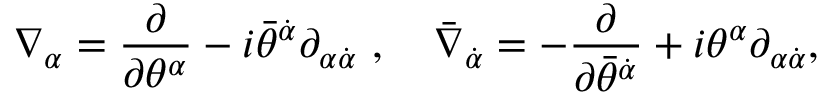
\nabla _ { \alpha } = \frac { \partial } { \partial \theta ^ { \alpha } } - i \bar { \theta } ^ { \dot { \alpha } } \partial _ { \alpha { \dot { \alpha } } } \ , \quad \bar { \nabla } _ { \dot { \alpha } } = - \frac { \partial } { \partial \bar { \theta } ^ { \dot { \alpha } } } + i \theta ^ { \alpha } \partial _ { \alpha { \dot { \alpha } } } ,